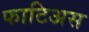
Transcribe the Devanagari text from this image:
फाटिअस